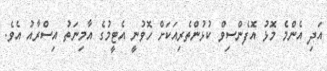
އަދި އެންމެ މޮޅު އޮފެންސިވް ކުޅުންތެރިއަކަށް ހޮވުނީ އެޓީމުގެ އާމިނަތު އިސްރާއު އެވެ.